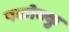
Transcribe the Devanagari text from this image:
पकोक्कु